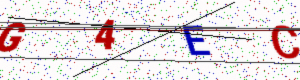
Text: G4EC